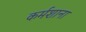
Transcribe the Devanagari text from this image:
कर्मशाना